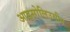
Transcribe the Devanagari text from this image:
आइसोलिउसीन